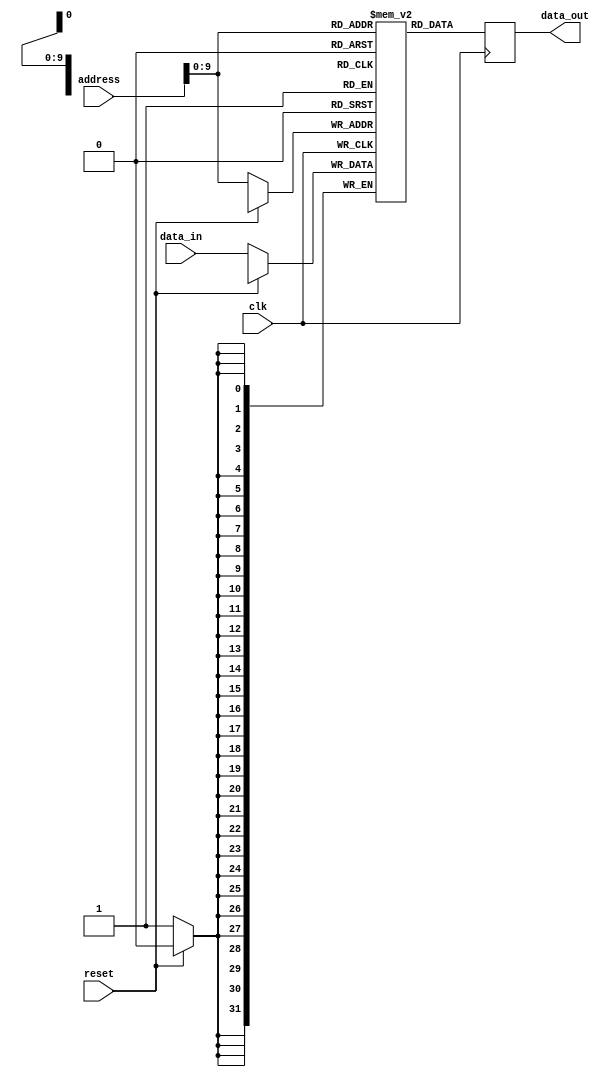
module ddr_sdram (
  input        wire        clk,
  input        wire        reset,
  input        wire [31:0] address,
  input        wire [31:0] data_in,
  output [31:0] data_out
);

  // Logic for reading/writing data
  reg [31:0] memory [0:1023]; // Memory block with 1024 entries

  always @(posedge clk) begin
    if (!reset) begin
      memory[address] <= data_in;
    end
  end

  always @(posedge clk) begin
    data_out <= memory[address];
  end

  // Additional logic for data transfer rates, address space management, data flow synchronization, error checking and correction, clock skew control, and power management could be added here

endmodule